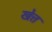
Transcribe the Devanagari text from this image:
खेत्त